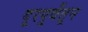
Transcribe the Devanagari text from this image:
दूरपूर्वेतून